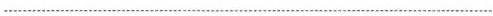
___